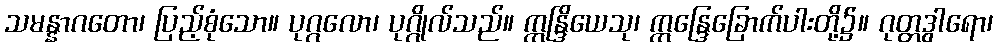
သမန္နာဂတော၊ ပြည့်စုံသော။ ပုဂ္ဂလော၊ ပုဂ္ဂိုလ်သည်။ ဣန္ဒြိယေသု၊ ဣန္ဒြေခြောက်ပါးတို့၌။ ဂုတ္တဒွါရော၊